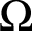
\Omega